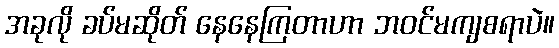
အခုလို ခပ်မဆိုတ် နေနေကြတာဟာ ဘဝင်မကျစရာပဲ။